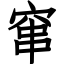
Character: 窜